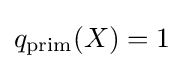
q_{\text{prim}}(X)=1